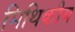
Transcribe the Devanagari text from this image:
मिथिकीय